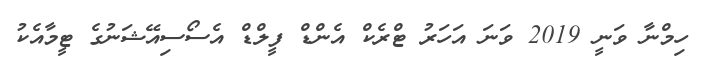
ހިމްނާ ވަނީ 2019 ވަނަ އަހަރު ޓްރެކް އެންޑް ފީލްޑް އެސޯސިއޭޝަނުގެ ޓީމާއެކު